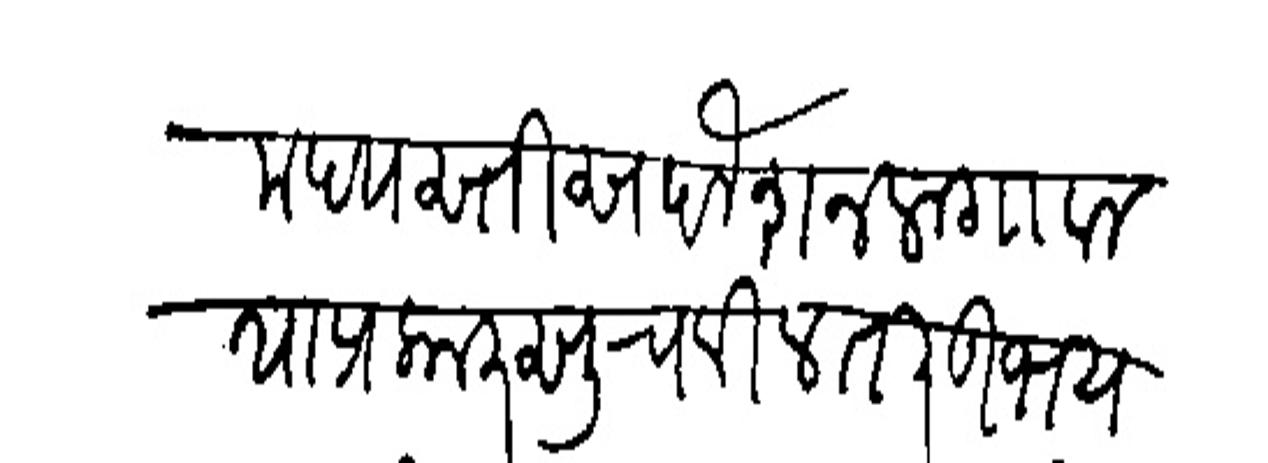
Transliteration (Devanagari): मद्यस्तीस दोश न लागावा याप्रकार सुचविल तर उभायाताही